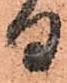
る